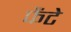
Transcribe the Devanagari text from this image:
फैंटे